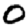
Digit: 0